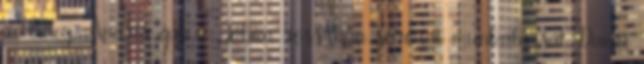
a tömeg, Andris épp a Jóban-rosszban sorozat munkatársát, Damu